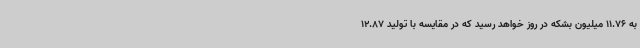
به 11.76 میلیون بشکه در روز خواهد رسید که در مقایسه با تولید 12.87